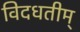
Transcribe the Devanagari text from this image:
विदधतीम्